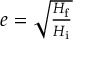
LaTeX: \textstyle e = { \sqrt { \frac { H _ { \mathrm { f } } } { H _ { \mathrm { i } } } } }